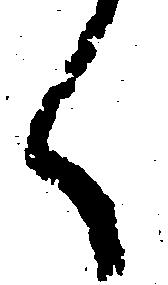
く